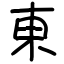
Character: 東